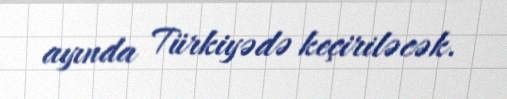
ayında Türkiyədə keçiriləcək.